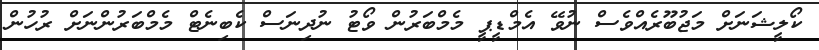
ކޯލީޝަނަށް މަޖުބޫރެއްވެސް ނުވޭ އެމްޑީޕީ މެމްބަރުން ވޯޓު ނުދިނަސް ކެބިނެޓް މެމްބަރުންނަށް ރުހުން